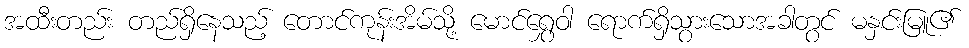
အထီးတည်း တည်ရှိနေသည့် တောင်ကုန်းအိမ်သို့ မောင်ရွှေဝါ ရောက်ရှိသွားသောအခါတွင် မနှင်းမြူ၏